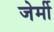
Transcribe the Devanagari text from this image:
जेर्मी